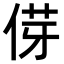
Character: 𫢯